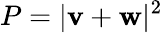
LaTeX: P=|\mathbf{v}+\mathbf{w}|^{2}